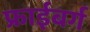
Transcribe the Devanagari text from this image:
फ्राईबर्ग